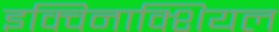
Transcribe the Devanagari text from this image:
इक्विनाक्शियल